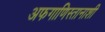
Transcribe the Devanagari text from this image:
अफगाणिस्तानाशी